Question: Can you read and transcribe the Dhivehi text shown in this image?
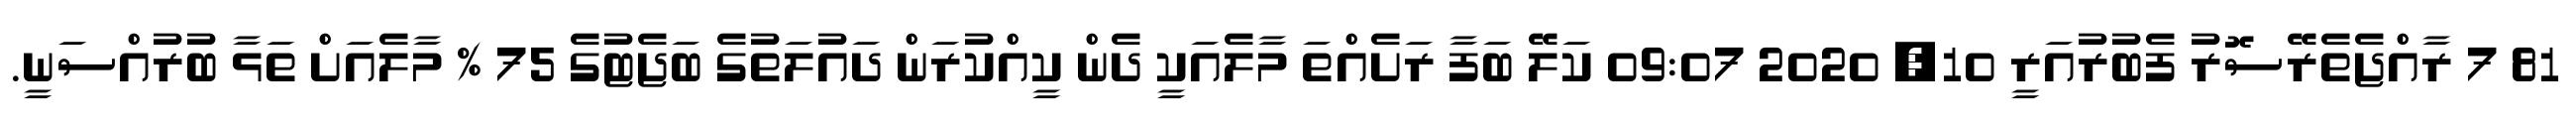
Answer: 81 7 ރާއްޖެތެރޭސޮރު ފެބުރުއަރީ 10, 2020 09:07 ކަލޭ ބަފާ ރަށެއްތަ މާލެއަކީ ދެން ކީއްކުރަން ދައުލަތުގެ ބަޖެޓުގެ 75 % މާލެއަށް ތަޅާ ބުރުއްސަނީ.